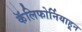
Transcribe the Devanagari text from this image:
कॅलिफोर्नियाहून